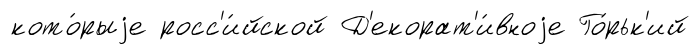
кото́рыjе росс'и́йской Д'екорат'и́вноjе Го́рьк'ий